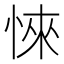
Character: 𢜞